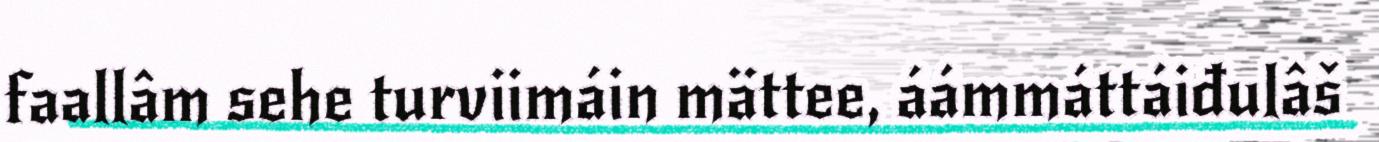
faallâm sehe turviimáin mättee, áámmáttáiđulâš